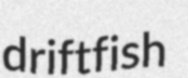
driftfish